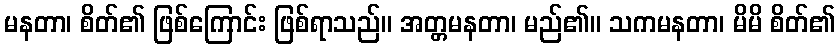
မနတာ၊ စိတ်၏ ဖြစ်ကြောင်း ဖြစ်ရာသည်။ အတ္တမနတာ၊ မည်၏။ သကမနတာ၊ မိမိ စိတ်၏